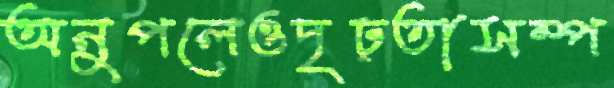
অনুপলেওদৃঢ়তাসম্প